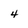
Character: 4